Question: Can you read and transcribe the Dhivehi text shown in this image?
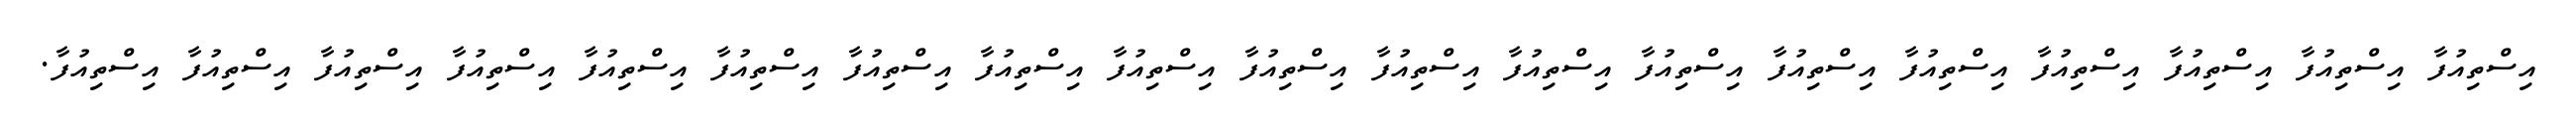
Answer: އިސްތިއުފާ އިސްތިއުފާ އިސްތިއުފާ އިސްތިއުފާ އިސްތިއުފާ އިސްތިއުފާ އިސްތިއުފާ އިސްތިއުފާ އިސްތިއުފާ އިސްތިއުފާ އިސްތިއުފާ އިސްތިއުފާ އިސްތިއުފާ އިސްތިއުފާ އިސްތިއުފާ އިސްތިއުފާ އިސްތިއުފާ އިސްތިއުފާ އިސްތިއުފާ.